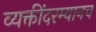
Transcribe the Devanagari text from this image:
व्यक्तींदरम्यानच